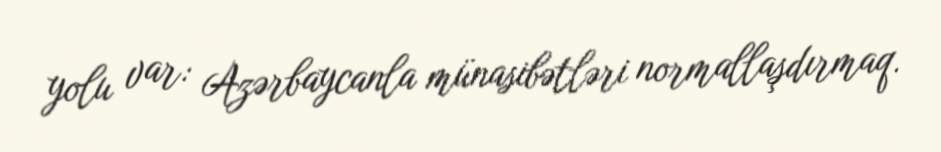
yolu var: Azərbaycanla münasibətləri normallaşdırmaq.